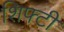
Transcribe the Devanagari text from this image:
शिफ्टी